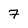
Character: 7